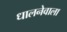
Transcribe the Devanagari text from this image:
धालनेवाला